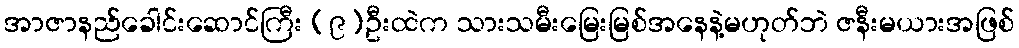
အာဇာနည်ခေါင်းဆောင်ကြီး (၉)ဦးထဲက သားသမီးမြေးမြစ်အနေနဲ့မဟုတ်ဘဲ ဇနီးမယားအဖြစ်